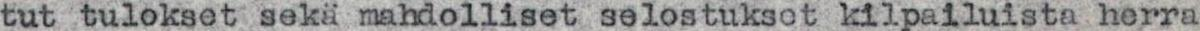
tut tulokset sekä mahdolliset selostukset kilpailuista herra